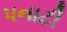
પનાટી